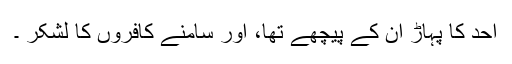
اُحد کا پہاڑ ان کے پیچھے تھا، اور سامنے کافروں کا لشکر ۔